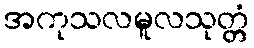
အကုသလမူလသုတ္တံ